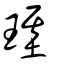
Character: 璂